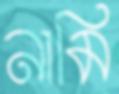
নামি